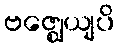
ဗဇ္ဈေယျပိ